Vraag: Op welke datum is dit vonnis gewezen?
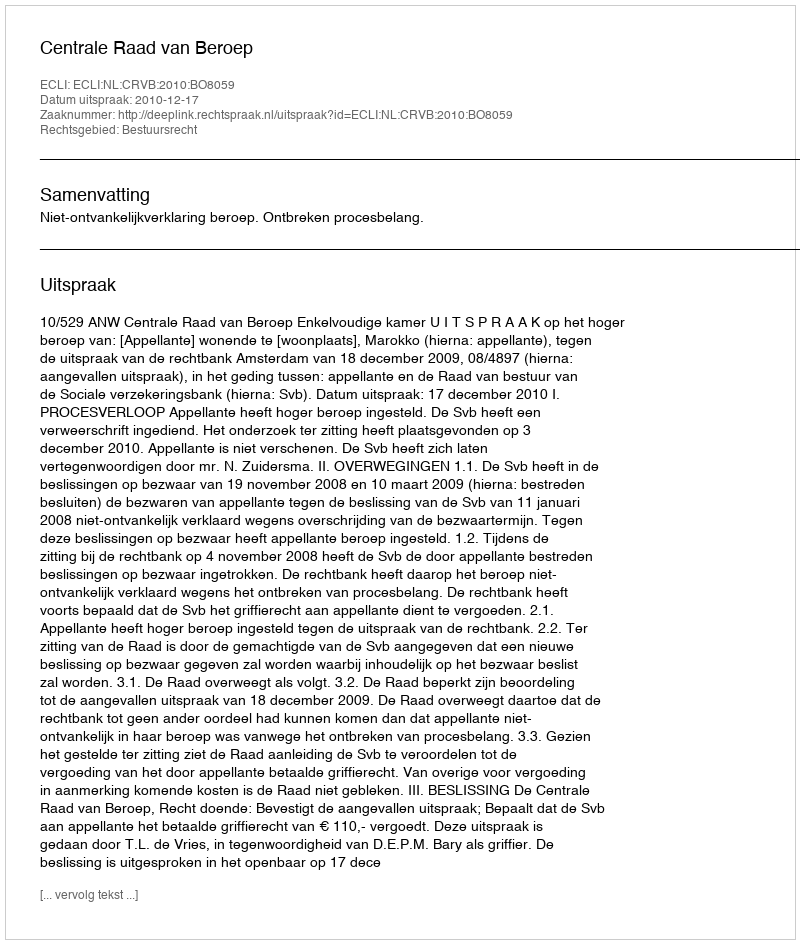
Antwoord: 2010-12-17